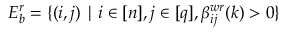
E _ { b } ^ { r } = \{ ( i , j ) \mid i \in [ n ] , j \in [ q ] , \beta _ { i j } ^ { w r } ( k ) > 0 \}